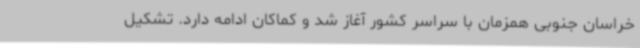
خراسان جنوبی همزمان با سراسر کشور آغاز شد و کماکان ادامه دارد. تشکیل